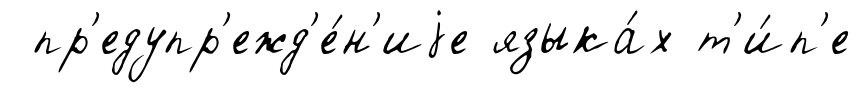
пр'едупр'ежд'е́н'иjе языка́х т'и́п'е